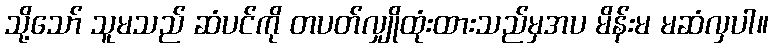
သို့သော် သူမသည် ဆံပင်ကို တပတ်လျှိုထုံးထားသည်မှအပ မိန်းမ မဆံလှပါ။